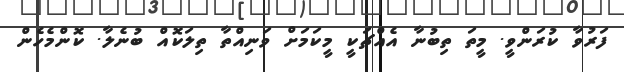
ފަރުވާ ކުރަންވީ. މީތަ ތިބުނާ އެއްޗަކީ މީކަމަށް ވަނިއްތާ ތިލަކޮއް ބުނެލާ. ކޮންމެހެން